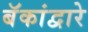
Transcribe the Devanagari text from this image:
बॅकांद्वारे